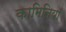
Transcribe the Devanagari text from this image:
कामिनियाँ